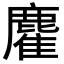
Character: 𪋇